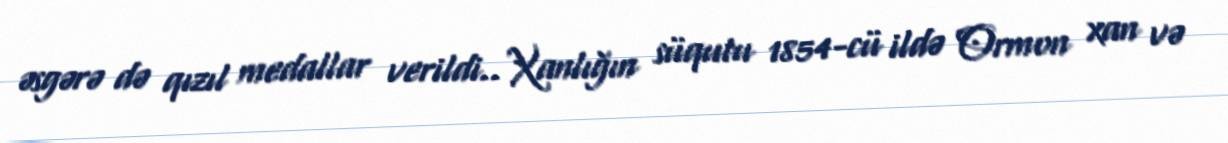
əsgərə də qızıl medallar verildi.. Xanlığın süqutu 1854-cü ildə Ormon xan və